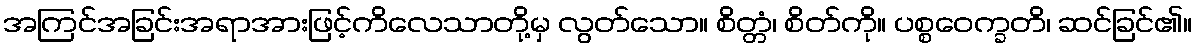
အကြင်အခြင်းအရာအားဖြင့်ကိလေသာတို့မှ လွတ်သော။ စိတ္တံ၊ စိတ်ကို။ ပစ္စဝေက္ခတိ၊ ဆင်ခြင်၏။